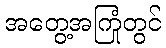
အတွေ့အကြုံတွင်